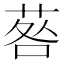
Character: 䓘